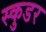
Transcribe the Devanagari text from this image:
स्कुडर